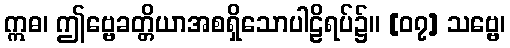
ဣဓ၊ ဤဗ္ဗေခတ္တိယာအစရှိသောပါဠိရပ်၌။ [၀၇] သဗ္ဗေ၊